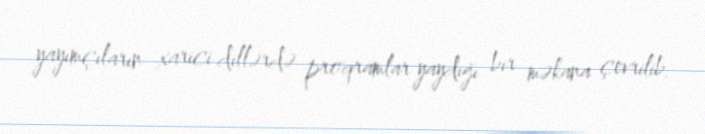
yayımçıların xarici dillərdə proqramlar yaydığı bir məkana çevrilib.